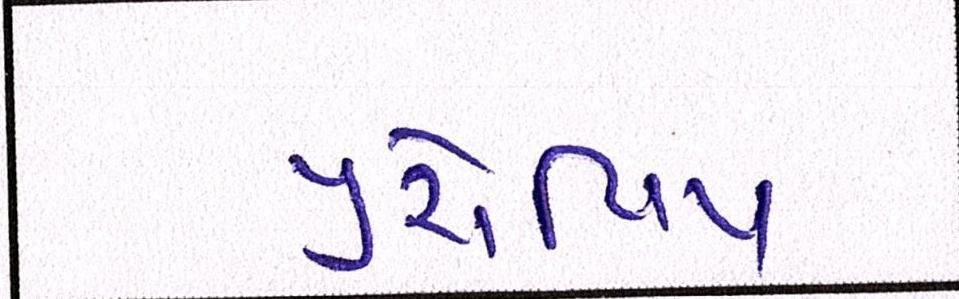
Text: યુરોપિય